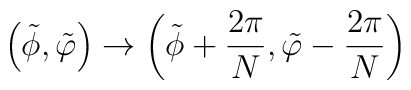
\left( \tilde{\phi}, \tilde{\varphi} \right) \rightarrow \left(\tilde{\phi} + \frac{2\pi}{N}, \tilde{\varphi} - \frac{2\pi}{N}\right)